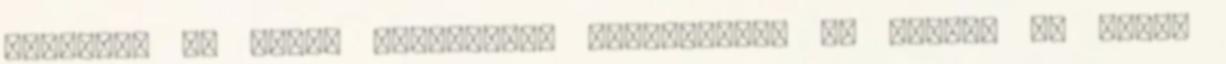
tesztek, és mégis türelmesen szenvedtek, az kedves az Isten